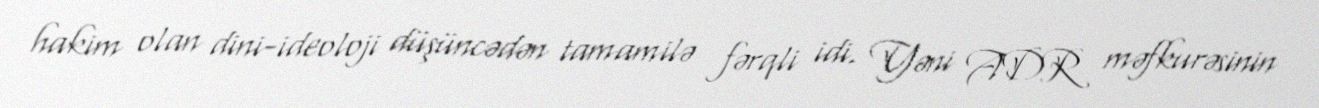
hakim olan dini-ideoloji düşüncədən tamamilə fərqli idi. Yəni ADR məfkurəsinin